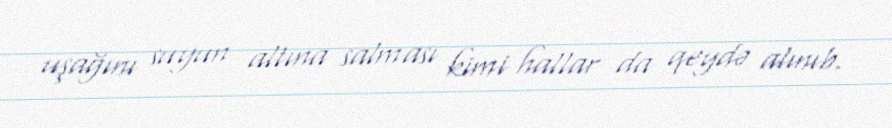
uşağını suyun altına salması kimi hallar da qeydə alınıb.